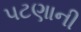
પટણાની